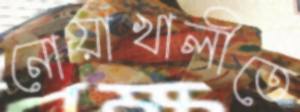
নোয়াখালীতে